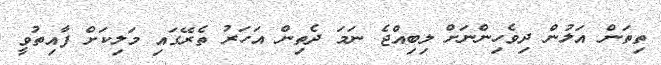
ތިތަން އަލުން ދިވެހިންނަށް ލިބިއްޖެ ނަމަ ދެތިން އަހަރު ތެރޭގައި މަލިކަށް ފާއިތުވީ